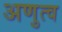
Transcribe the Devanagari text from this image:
अणुत्व